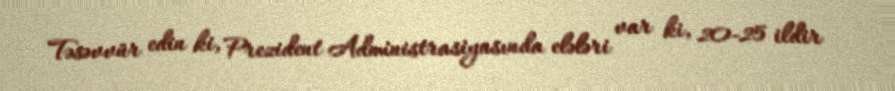
Təsəvvür edin ki, Prezident Administrasiyasında elələri var ki, 20-25 ildir